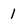
Character: 1